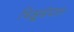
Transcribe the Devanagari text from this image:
भिक्षुसंघात